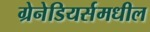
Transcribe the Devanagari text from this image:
ग्रेनेडियर्समधील